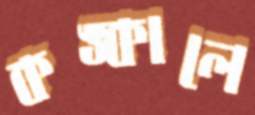
কঙ্কালে